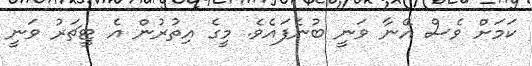
ކަމަށް ވެސް އޭނާ ވަނީ ބުނެފައެވެ. މީގެ އިތުރުން އެ ޓީޗަރު ވަނީ